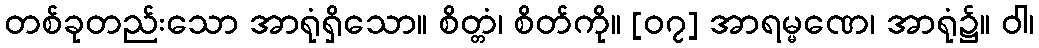
တစ်ခုတည်းသော အာရုံရှိသော။ စိတ္တံ၊ စိတ်ကို။ [၀၇] အာရမ္မဏေ၊ အာရုံ၌။ ဝါ၊